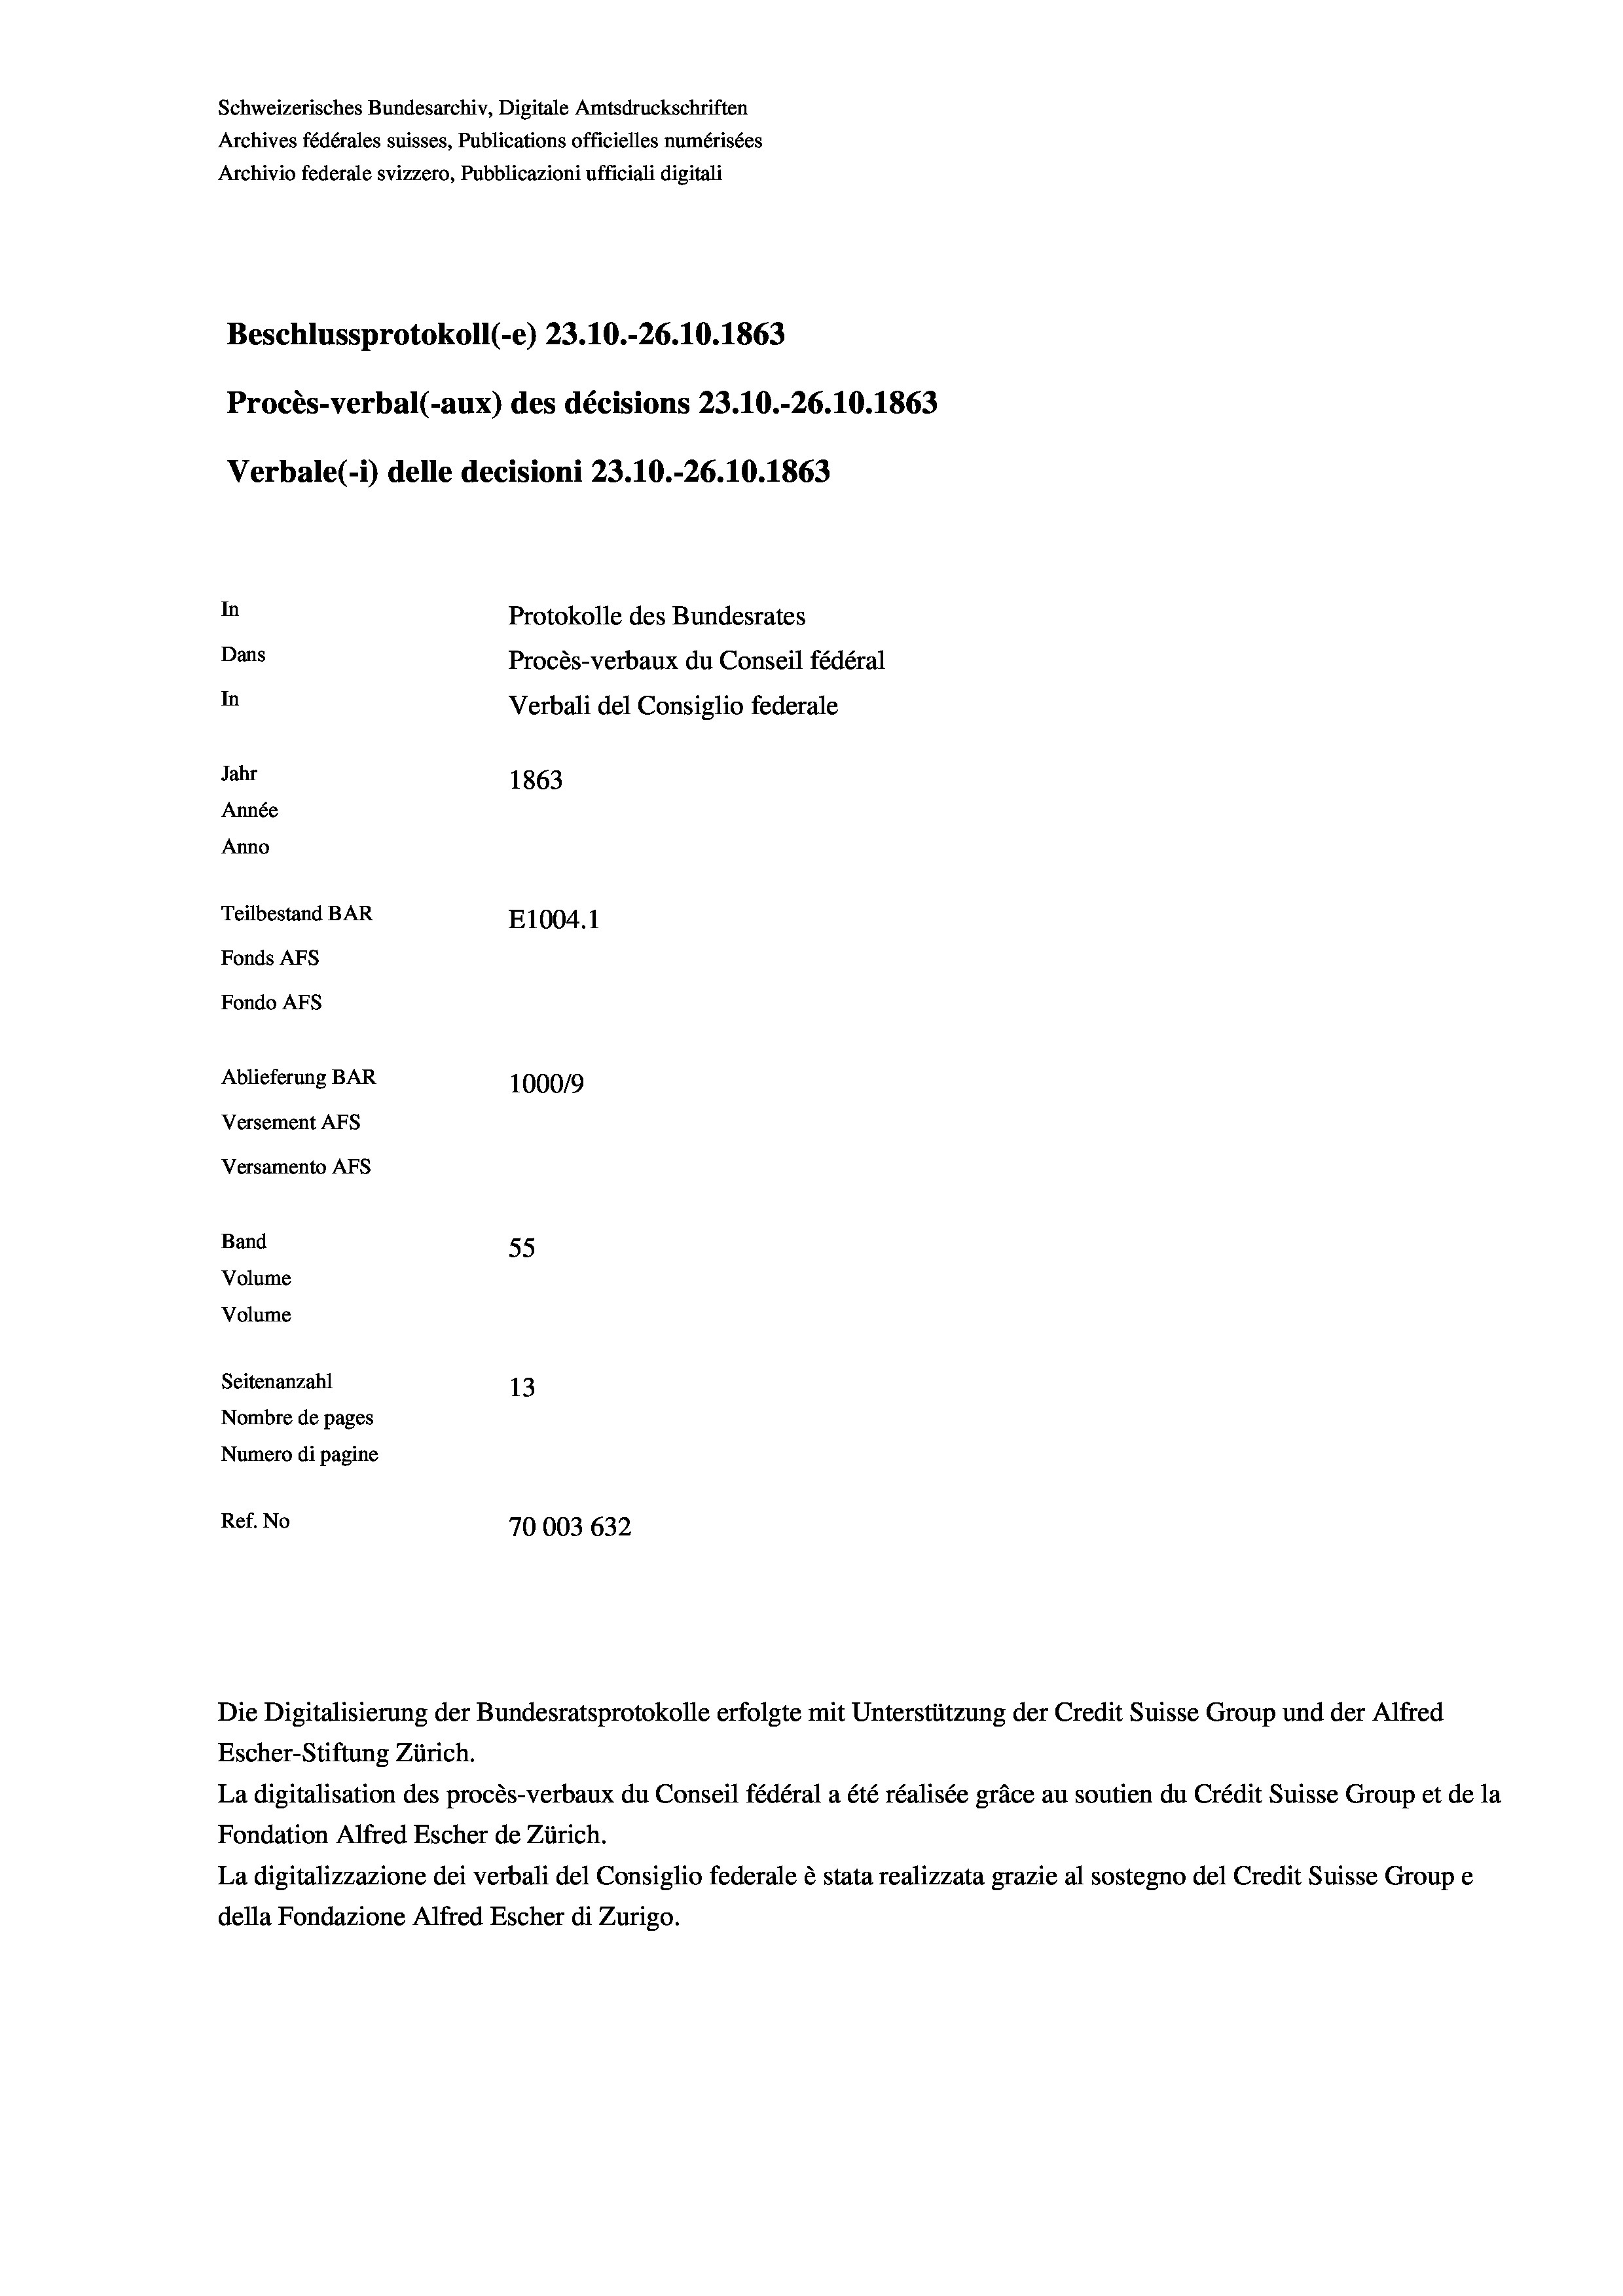
Schweizerisches Bundesarchiv, Digitale Amtsdruckschriften
Archives fédérales suisses, Publications officielles numérisées
Archivio federale svizzero, Pubblicazioni ufficiali digitali
Beschlussprotokoll (-e) 23.10.-26.10. 1863
Procès-verbal (-aux) des décisions 23.10.-26.10.1863
Verbale(-*) delle decisioni 23.10.-26.10.1863
In
Protokolle des Bundesrates
Dans
Procès-verbaux du Conseil fédéral
In
Verbali del Consiglio federale
Jahr
1863
Année
Anno
Teilbestand BAR
E1004.1
Fonds AFs
Fondo AFs
Ablieferung BAR
100019
Versement AFs
Versamento AFs
Band
55
Volume
Volume
Seitenanzahl
13
Nombre de pages
Numero di pagine
Ref. No
70003 632

Escher-Stiftung Zürich.
La digitalisation des procès-verbaux du Conseil fédéral a été réalisée gräce au soutien du Crédit Suisse Group et de la
Fondation Alfred Escher de Zürich.
La digitalizzazione dei verbali del Consiglio federale è stata realizzata grazie al sostegno del Credit Suisse Groupe
della Fondazione Alfred Escher di Zurigo.

Die Digitalisierung der Bundesratsprotokolle erfolgte mit Unterstützung der Credit Suisse Group und der Alfred